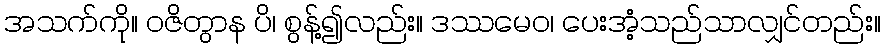
အသက်ကို။ ဝဇိတွာန ပိ၊ စွန့်၍လည်း။ ဒဿမေဝ၊ ပေးအံ့သည်သာလျှင်တည်း။